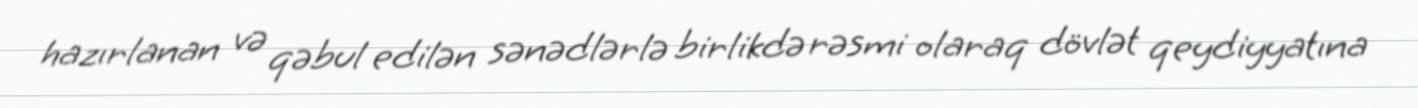
hazırlanan və qəbul edilən sənədlərlə birlikdə rəsmi olaraq dövlət qeydiyyatına